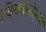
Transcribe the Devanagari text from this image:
चित्रकलेतली